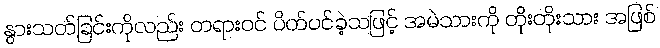
နွားသတ်ခြင်းကိုလည်း တရားဝင် ပိတ်ပင်ခဲ့သဖြင့် အမဲသားကို တိုးတိုးသား အဖြစ်